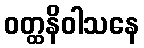
ဝတ္ထနိဝါသနေ